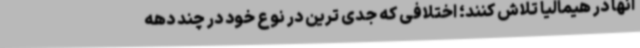
آنها در هیمالیا تلاش کنند؛ اختلافی که جدی ترین در نوع خود در چند دهه